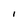
Character: I